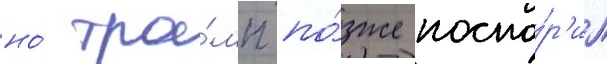
но́ тра́мп по́зже поспо́р'ил